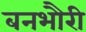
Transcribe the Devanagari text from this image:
बनभौरी